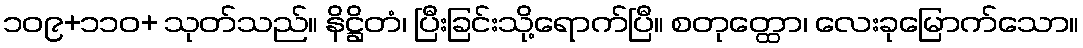
၁၀၉+၁၁၀+ သုတ်သည်။ နိဋ္ဌိတံ၊ ပြီးခြင်းသို့ရောက်ပြီ။ စတုတ္ထော၊ လေးခုမြောက်သော။